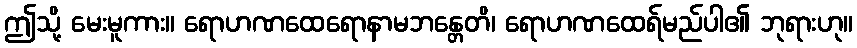
ဤသို့ မေးမူကား။ ရောဟဏထေရောနာမဘန္တေတိ၊ ရောဟဏထေရ်မည်ပါ၏ ဘုရားဟု။